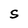
Character: S